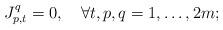
LaTeX: \begin{align*}J_{p,t}^q=0, \quad\forall t,p,q=1,\ldots,2m;\end{align*}